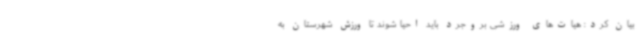
بیان کرد: هیات‌های ورزشی بروجرد باید احیا شوند تا ورزش شهرستان به